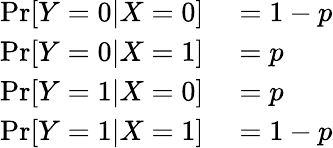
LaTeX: \begin{array}{rl}{\Pr[Y=0|X=0]}&{{}=1-p}\\ {\Pr[Y=0|X=1]}&{{}=p}\\ {\Pr[Y=1|X=0]}&{{}=p}\\ {\Pr[Y=1|X=1]}&{{}=1-p}\end{array}